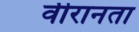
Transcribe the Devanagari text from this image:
वीरानता